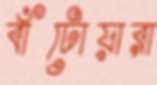
বাঁটোয়ারা